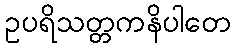
ဥပရိသတ္တကနိပါတေ